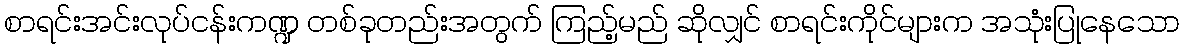
စာရင်းအင်းလုပ်ငန်းကဏ္ဍ တစ်ခုတည်းအတွက် ကြည့်မည် ဆိုလျှင် စာရင်းကိုင်များက အသုံးပြုနေသော